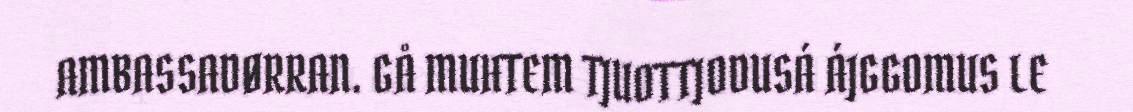
AMBASSADØRRAN. GÅ MUHTEM TJUOTTJODUSÁ ÁJGGOMUS LE